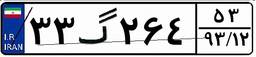
۳۳گ۲۶۴۵۳